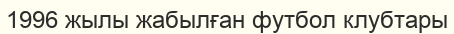
1996 жылы жабылған футбол клубтары